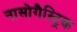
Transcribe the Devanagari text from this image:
नासोगैस्ट्रिक